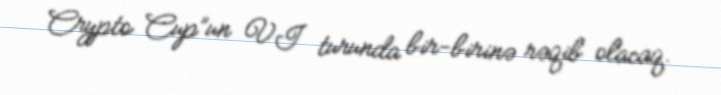
Crypto Cup”un VI turunda bir-birinə rəqib olacaq.